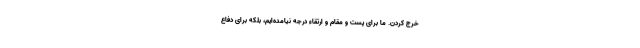
خرج کردن. ما برای پست و مقام و ارتقاء درجه نیامده‌ایم، بلکه برای دفاع